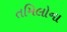
તમિલોના